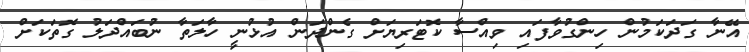
އޭނާ ގަދަކަމުން ހިންގުވާފައި ވިއްސާ ކޮޓަރިޔަށް ގެންދަން އުޅުނީ ހާލަތާ ނުބައްދަލު ގޮތަކަށް